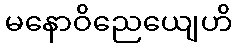
မနောဝိညေယျေဟိ